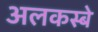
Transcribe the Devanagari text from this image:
अलकस्बे